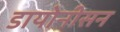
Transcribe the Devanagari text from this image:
डायोनीसन